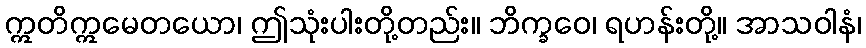
ဣတိဣမေတယော၊ ဤသုံးပါးတို့တည်း။ ဘိက္ခဝေ၊ ရဟန်းတို့။ အာသဝါနံ၊